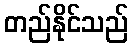
တည်နိုင်သည်